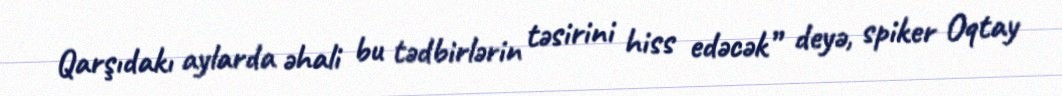
Qarşıdakı aylarda əhali bu tədbirlərin təsirini hiss edəcək” deyə, spiker Oqtay